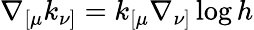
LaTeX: \nabla_{[\mu}k_{\nu]}=k_{[\mu}\nabla_{\nu]}\log h